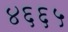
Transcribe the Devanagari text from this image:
४६६५